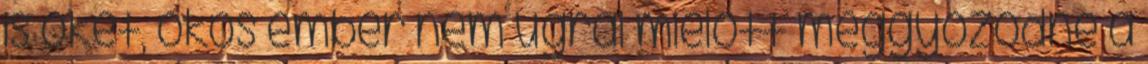
is őket, okos ember nem ugrál mielőtt meggyőződne a